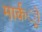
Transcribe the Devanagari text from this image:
मार्कर्ो